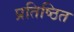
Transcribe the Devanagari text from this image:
प्रतिष्ठित